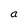
Character: a